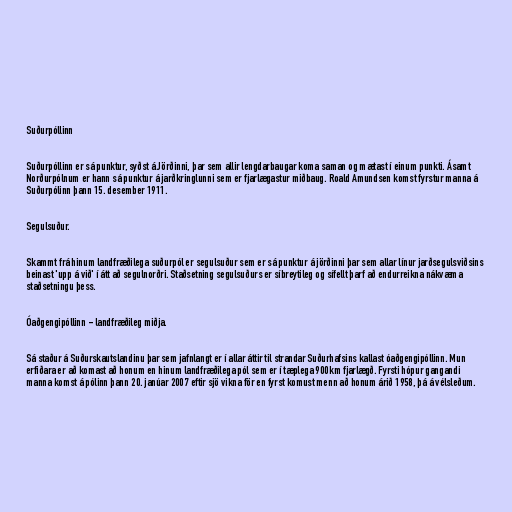
Suðurpóllinn

Suðurpóllinn er sá punktur, syðst á Jörðinni, þar sem allir lengdarbaugar koma saman og mætast í einum punkti. Ásamt
Norðurpólnum er hann sá punktur á jarðkringlunni sem er fjarlægastur miðbaug. Roald Amundsen komst fyrstur manna á
Suðurpólinn þann 15. desember 1911.

Segulsuður.

Skammt frá hinum landfræðilega suðurpól er segulsuður sem er sá punktur á jörðinni þar sem allar línur jarðsegulsviðsins
beinast 'upp á við' í átt að segulnorðri. Staðsetning segulsuðurs er síbreytileg og sífellt þarf að endurreikna nákvæma
staðsetningu þess.

Óaðgengipóllinn - landfræðileg miðja.

Sá staður á Suðurskautslandinu þar sem jafnlangt er í allar áttir til strandar Suðurhafsins kallast óaðgengipóllinn. Mun
erfiðara er að komast að honum en hinum landfræðilega pól sem er í tæplega 900km fjarlægð. Fyrsti hópur gangandi
manna komst á pólinn þann 20. janúar 2007 eftir sjö vikna för en fyrst komust menn að honum árið 1958, þá á vélsleðum.